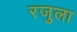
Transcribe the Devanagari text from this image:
रजुला